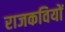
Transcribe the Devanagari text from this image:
राजकवियों